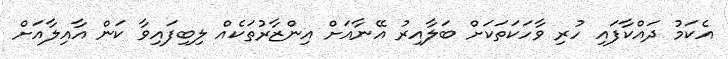
އެކަމު ދައްކާފައި ހުރި ވާހަކަތަކަށް ބަލާއިރު އޭނާއަށް އިންޒާރުތަކެއް ލިބިފައިވާ ކަން އާއިލާއަށް